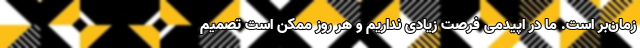
زمان‌بر است. ما در اپیدمی فرصت زیادی نداریم و هر روز ممکن است تصمیم